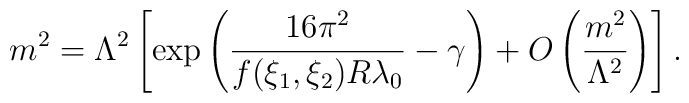
m^{2}=\Lambda^{2}\left[           \exp\left(\frac{16\pi^{2}}{f(\xi_{1},\xi_{2})R\lambda_{0}}           -\gamma\right)           +O\left(\frac{m^{2}}{\Lambda^{2}}\right)           \right].